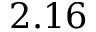
2 . 1 6